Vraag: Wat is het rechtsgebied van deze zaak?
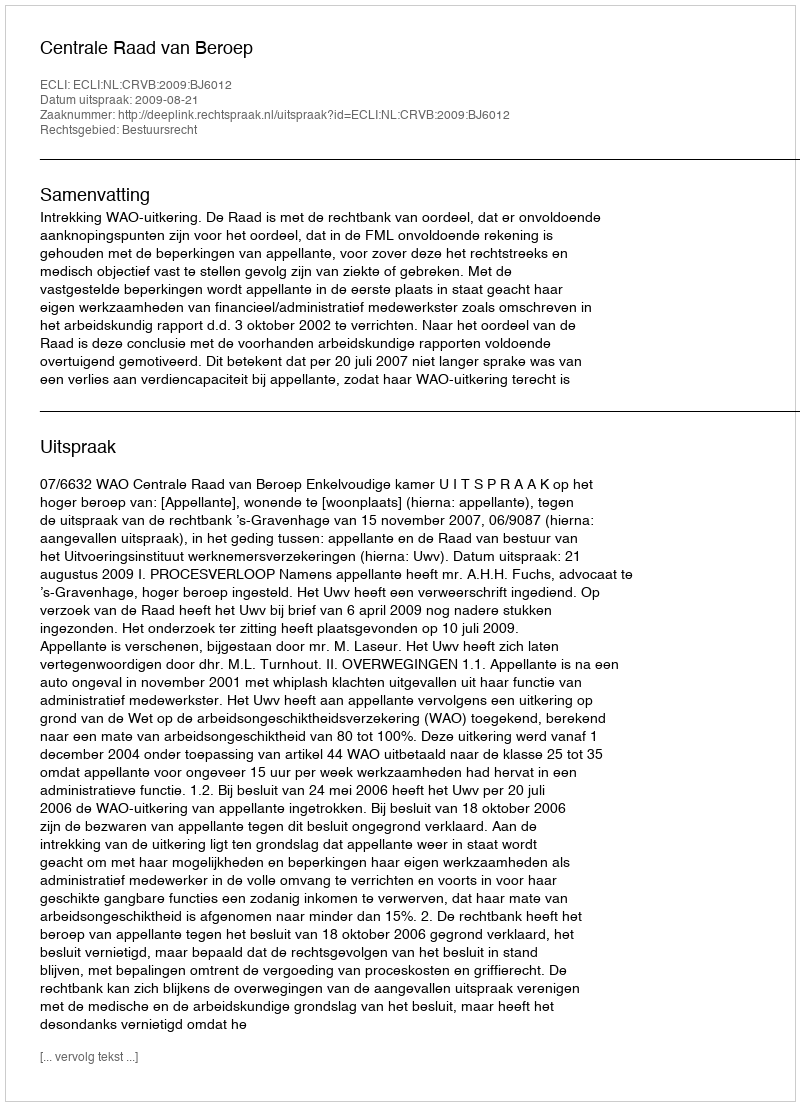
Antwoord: Bestuursrecht